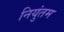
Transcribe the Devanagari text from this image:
नियुंतम